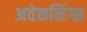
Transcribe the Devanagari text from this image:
अवेकनिंग्स